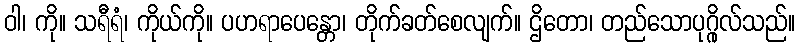
ဝါ၊ ကို။ သရီရံ၊ ကိုယ်ကို။ ပဟရာပေန္တော၊ တိုက်ခတ်စေလျက်။ ဌိတော၊ တည်သောပုဂ္ဂိုလ်သည်။